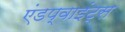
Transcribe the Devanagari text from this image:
एंडप्वाइंट्स